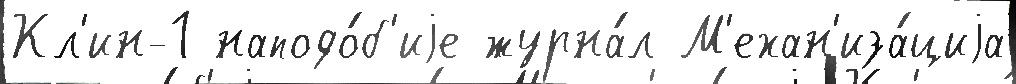
Кл'ин-1 наподо́б'иjе журна́л М'ехан'иза́циjа